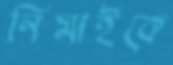
নিমাইকে